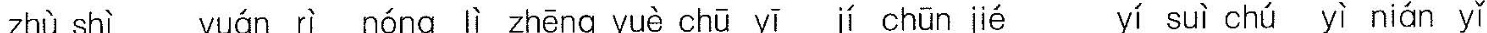
zhù shì yuán rì nóng lì zhēng yuè chū yī jí chūn jié yī suì chú yī nián yǐ